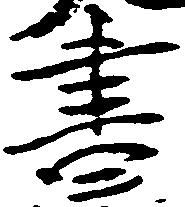
書